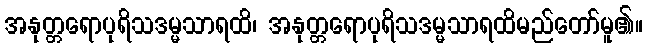
အနုတ္တရောပုရိသဒမ္မသာရထိ၊ အနုတ္တရောပုရိသဒမ္မသာရထိမည်တော်မူ၏။